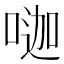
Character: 𠷉